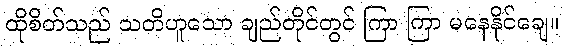
ထိုစိတ်သည် သတိဟူသော ချည်တိုင်တွင် ကြာ ကြာ မနေနိုင်ချေ။